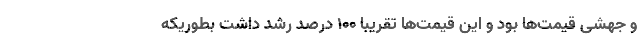
و جهشی قیمت‌ها بود و این قیمت‌ها تقریباً ۱۰۰ درصد رشد داشت بطوریکه